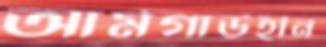
আর্মগার্ডহীন